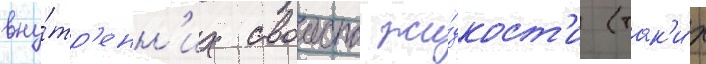
вну́тр'енн'их своиств жи́дкост'и (так'и́х